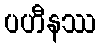
ပဟီနဿ